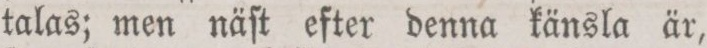
talas; men näſt efter denna känsla är,